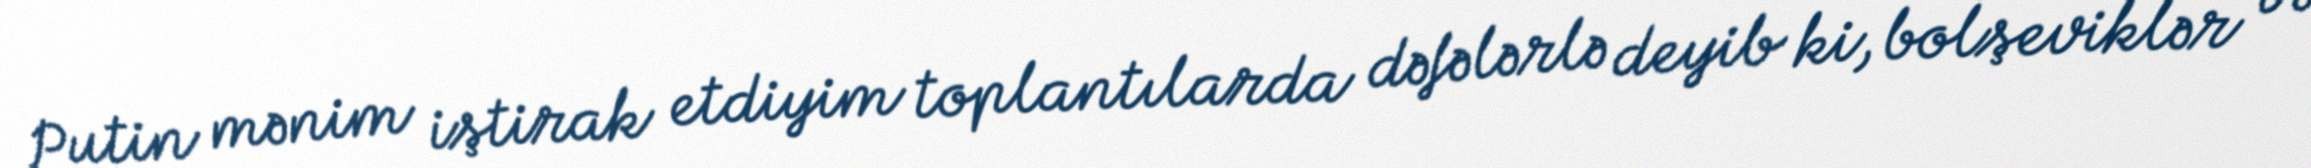
Putin mənim iştirak etdiyim toplantılarda dəfələrlə deyib ki, bolşeviklər və